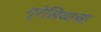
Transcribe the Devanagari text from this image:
ग्रेसियाचा